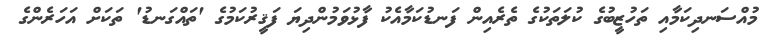
މުއްސަނދިކަމާއި ތަހުޒީބުގެ ކުލަތަކުގެ ތެރެއިން ފަނޑުކަމާއެކު ފާޅުވަމުންދިޔަ ފަޤީރުކަމުގެ 'ތައްގަނޑު' ތަކަށް އަހަރެންގެ